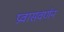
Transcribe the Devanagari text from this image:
प्रवासवर्णनं